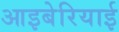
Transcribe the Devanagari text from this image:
आइबेरियाई